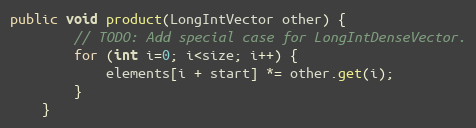
Language: Java
public void product(LongIntVector other) {
        // TODO: Add special case for LongIntDenseVector.
        for (int i=0; i<size; i++) {
            elements[i + start] *= other.get(i);
        }
    }